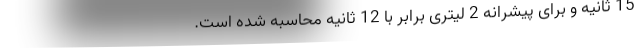
15 ثانیه و برای پیشرانه 2 لیتری برابر با 12 ثانیه محاسبه شده است.